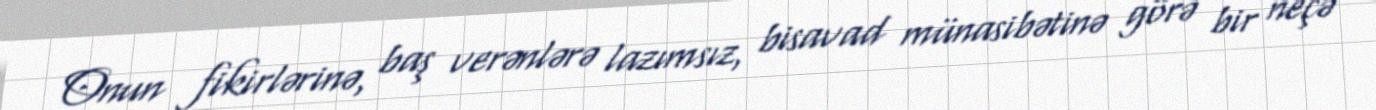
Onun fikirlərinə, baş verənlərə lazımsız, bisavad münasibətinə görə bir neçə